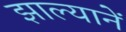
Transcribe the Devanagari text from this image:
झाल्यानें